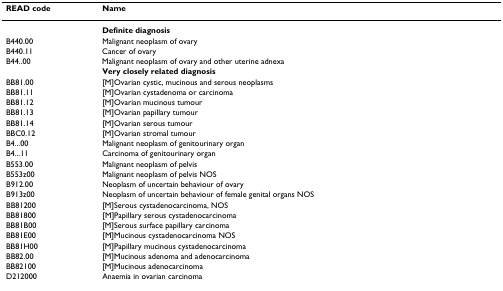
<table><thead><tr><td><b>READ code</b></td><td><b>Name</b></td></tr></thead><tbody><tr><td></td><td><b>Definite diagnosis</b></td></tr><tr><td>B440.00</td><td>Malignant neoplasm of ovary</td></tr><tr><td>B440.11</td><td>Cancer of ovary</td></tr><tr><td>B44..00</td><td>Malignant neoplasm of ovary and other uterine adnexa</td></tr><tr><td></td><td><b>Very closely related diagnosis</b></td></tr><tr><td>BB81.00</td><td>[M]Ovarian cystic, mucinous and serous neoplasms</td></tr><tr><td>BB81.11</td><td>[M]Ovarian cystadenoma or carcinoma</td></tr><tr><td>BB81.12</td><td>[M]Ovarian mucinous tumour</td></tr><tr><td>BB81.13</td><td>[M]Ovarian papillary tumour</td></tr><tr><td>BB81.14</td><td>[M]Ovarian serous tumour</td></tr><tr><td>BBC0.12</td><td>[M]Ovarian stromal tumour</td></tr><tr><td>B4...00</td><td>Malignant neoplasm of genitourinary organ</td></tr><tr><td>B4...11</td><td>Carcinoma of genitourinary organ</td></tr><tr><td>B553.00</td><td>Malignant neoplasm of pelvis</td></tr><tr><td>B553z00</td><td>Malignant neoplasm of pelvis NOS</td></tr><tr><td>B912.00</td><td>Neoplasm of uncertain behaviour of ovary</td></tr><tr><td>B913z00</td><td>Neoplasm of uncertain behaviour of female genital organs NOS</td></tr><tr><td>BB81200</td><td>[M]Serous cystadenocarcinoma, NOS</td></tr><tr><td>BB81800</td><td>[M]Papillary serous cystadenocarcinoma</td></tr><tr><td>BB81B00</td><td>[M]Serous surface papillary carcinoma</td></tr><tr><td>BB81E00</td><td>[M]Mucinous cystadenocarcinoma NOS</td></tr><tr><td>BB81H00</td><td>[M]Papillary mucinous cystadenocarcinoma</td></tr><tr><td>BB82.00</td><td>[M]Mucinous adenoma and adenocarcinoma</td></tr><tr><td>BB82100</td><td>[M]Mucinous adenocarcinoma</td></tr><tr><td>D212000</td><td>Anaemia in ovarian carcinoma</td></tr></tbody></table>